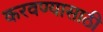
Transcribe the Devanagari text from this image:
करवण्यासाठी